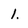
Character: 1